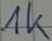
Text: 1k